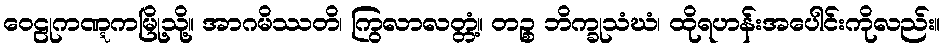
ဝေဠုကဏ္ဋကမြို့သို့။ အာဂမိဿတိ၊ ကြွလာလတ္တံ့။ တဉ္စ ဘိက္ခုသံဃံ၊ ထိုရဟန်းအပေါင်းကိုလည်း။